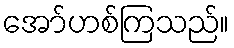
အော်ဟစ်ကြသည်။